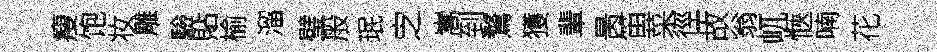
瘦饱妆雕驗貼榆溜璧般珉㝎嵩到鶩獲輩昺笛菜徑故翁屼愜喃花